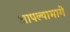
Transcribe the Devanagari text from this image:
आपल्यामागे